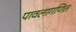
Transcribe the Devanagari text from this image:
पावलागणित